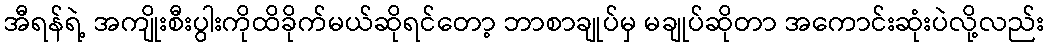
အီရန်ရဲ့ အကျိုးစီးပွါးကိုထိခိုက်မယ်ဆိုရင်တော့ ဘာစာချုပ်မှ မချုပ်ဆိုတာ အကောင်းဆုံးပဲလို့လည်း